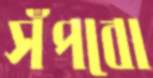
সঁপবো